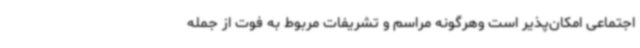
اجتماعی امکان‌پذیر است وهرگونه مراسم و تشریفات مربوط به فوت از جمله